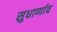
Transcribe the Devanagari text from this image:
सुधार्णाव